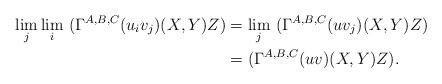
LaTeX: \begin{align*}\underset{j}{\lim} \, \underset{i}{\lim} \ (\Gamma^{A,B,C}(u_iv_j)(X,Y)Z) & = \underset{j}{\lim} \ (\Gamma^{A,B,C}(uv_j)(X,Y)Z) \\& = (\Gamma^{A,B,C}(uv)(X,Y)Z).\end{align*}